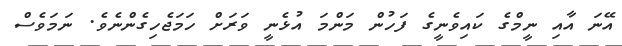
އޭނަ އާއި ނީމްގެ ކައިވެނީގެ ފަހުން މަންމަ އުޅެނީ ވަރަށް ހަމަޖެހިގެންނެވެ. ނަމަވެސް